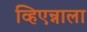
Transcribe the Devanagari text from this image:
व्हिएन्नाला